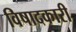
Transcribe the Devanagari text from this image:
विषादकारी